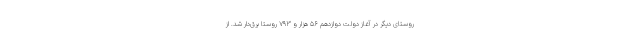
روستای دیگر در آغاز دولت دوازدهم ۵۶ هزار و ۷۹۳ روستا برق‌دار شد. از